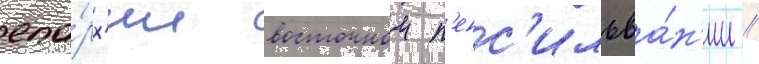
епа́рх'ии восточнои п'енс'ильва́н'ии //